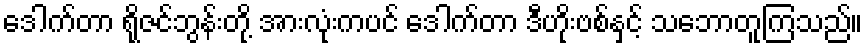
ဒေါက်တာ ရိုဇင်ဘွန်းတို့ အားလုံးကပင် ဒေါက်တာ ဒီဟိုးဗစ်နှင့် သဘောတူကြသည်။